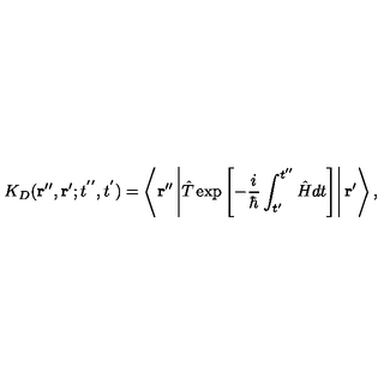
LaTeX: K _ { D } ( { \bf r ^ { \prime \prime } } , { \bf r ^ { \prime } } ; t ^ { ' ^ { \prime } } , t ^ { ' } ) = \left\langle { \bf r ^ { \prime \prime } } \left| \hat { T } \exp \left[ - \frac { i } { \hbar } \int _ { t ^ { \prime } } ^ { t ^ { \prime \prime } } \hat { H } d t \right] \right| { \bf r ^ { \prime } } \right\rangle ,